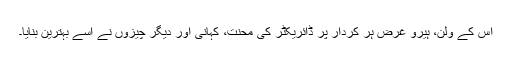
اس کے ولن، ہیرو غرض ہر کردار پر ڈائریکٹر کی محنت، کہانی اور دیگر چیزوں نے اسے بہترین بنایا۔